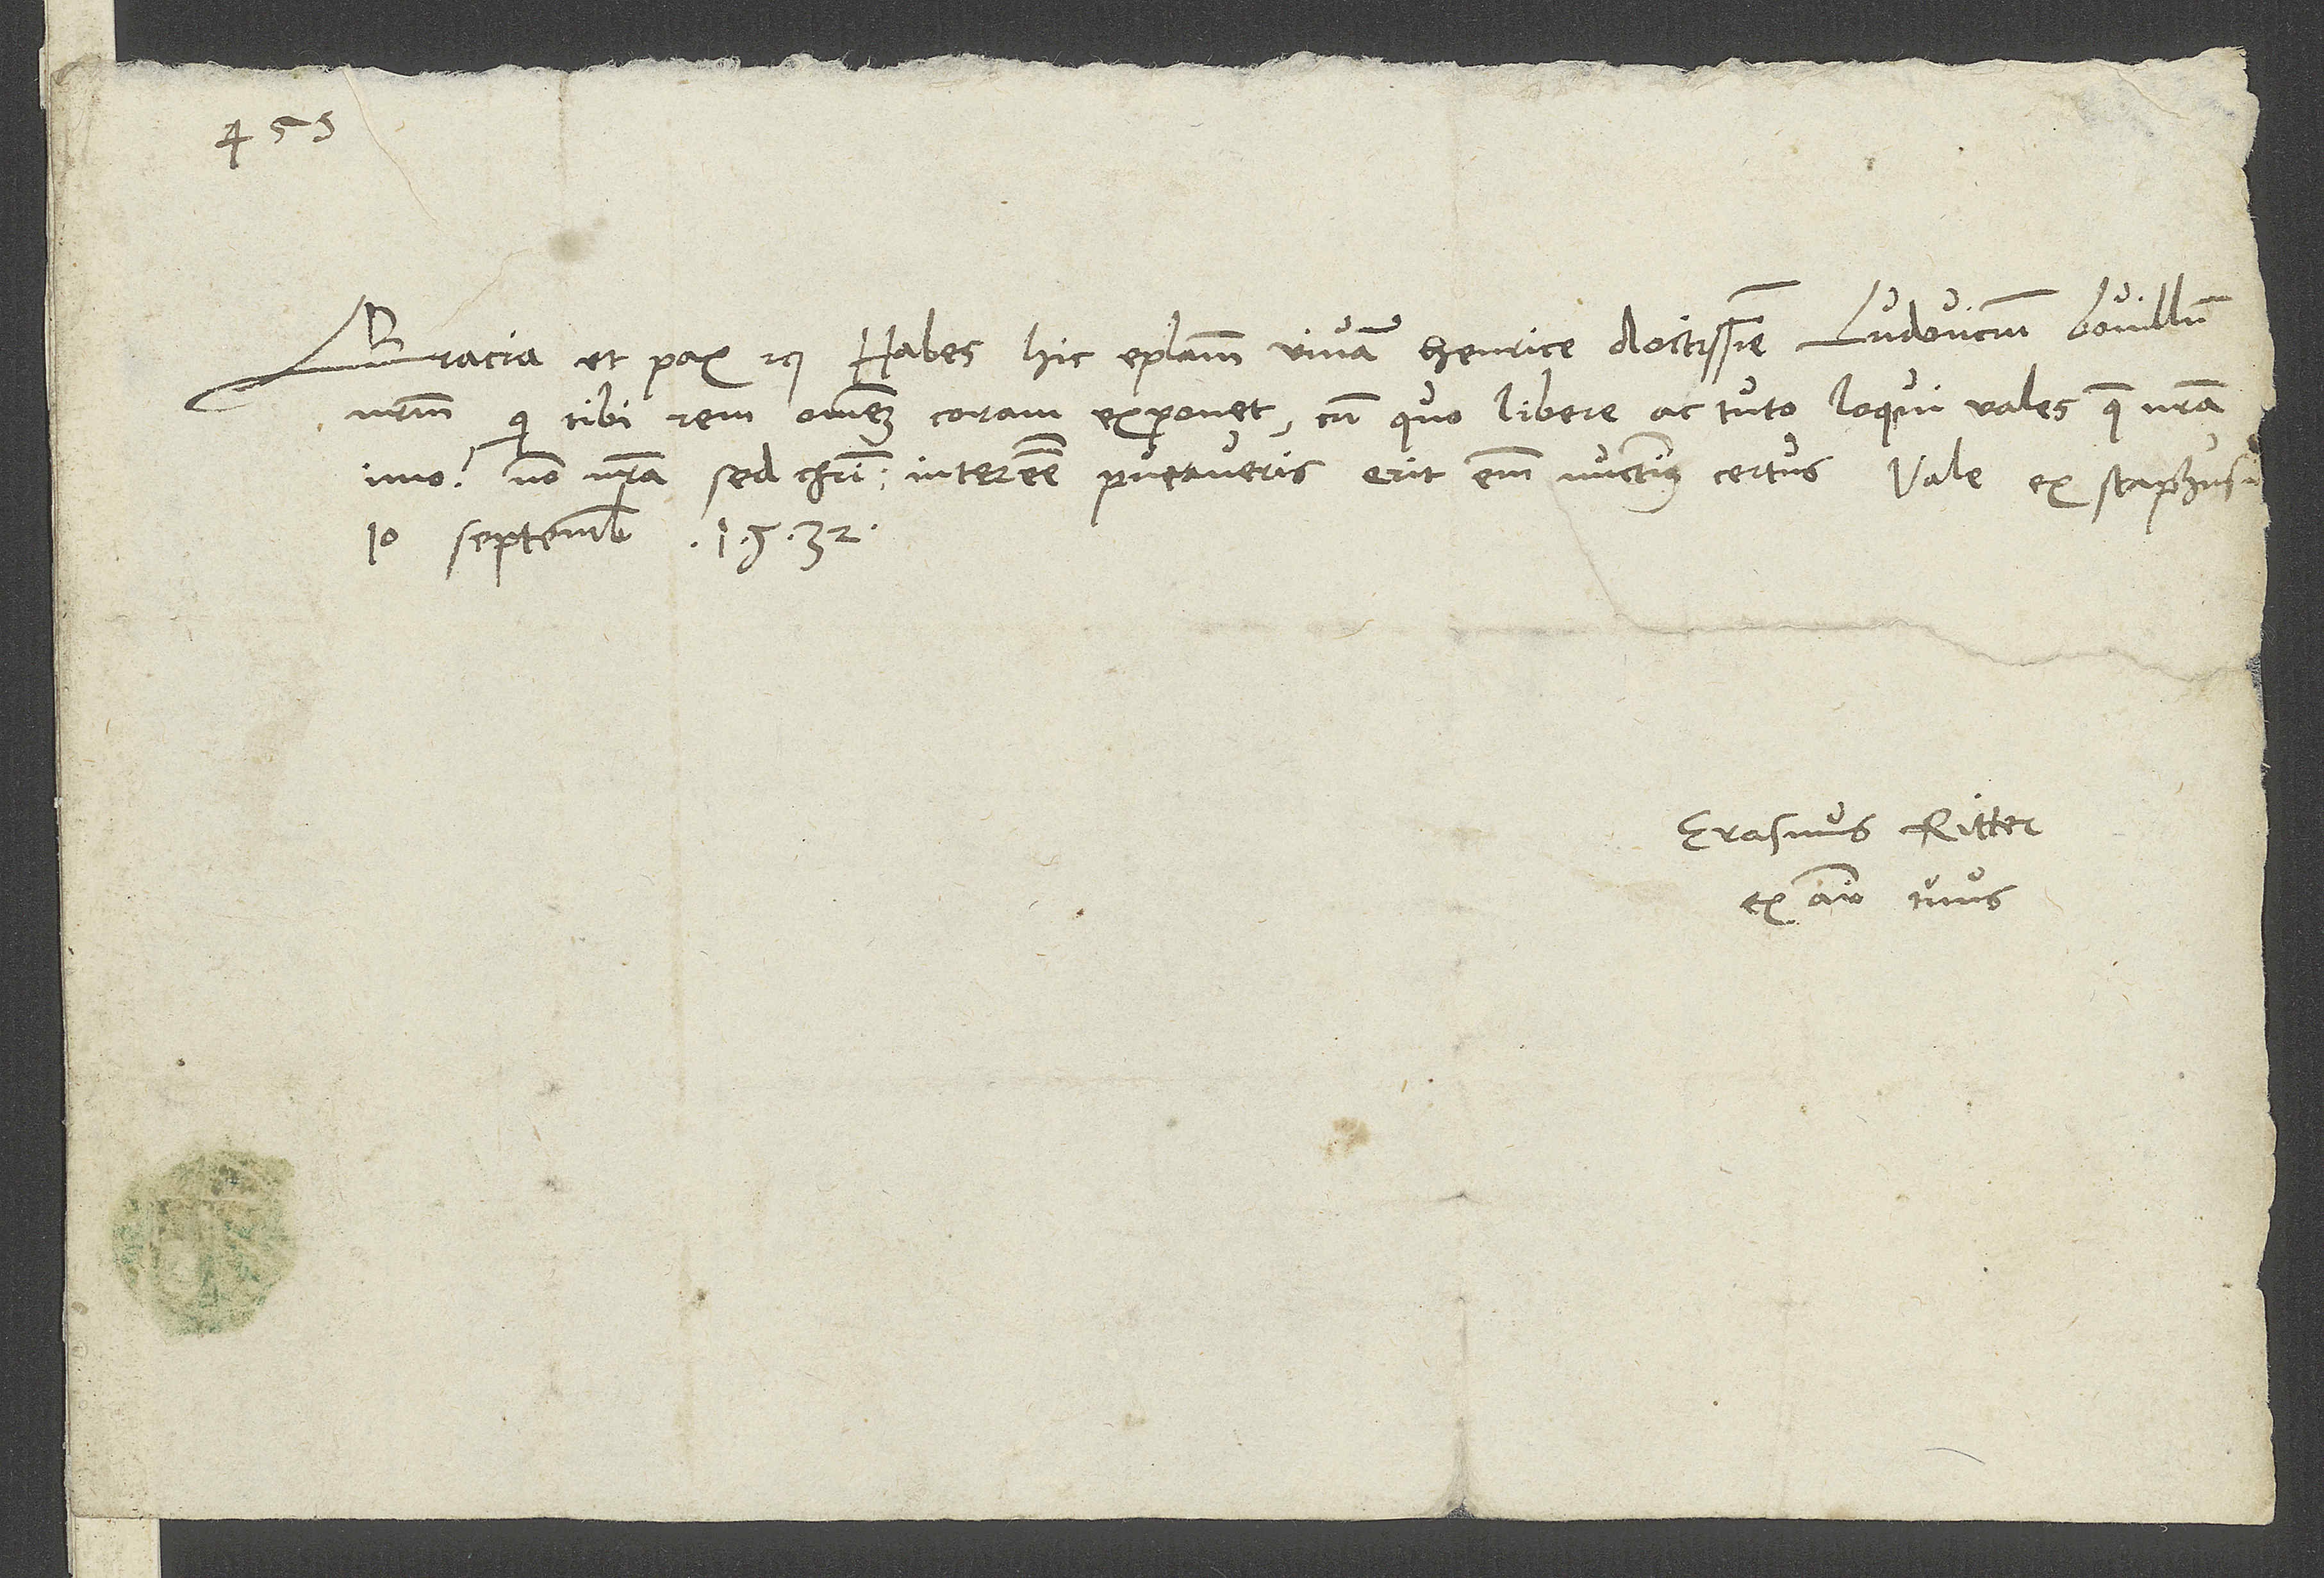
Gracia et pax etc. Habes hic epistolam vivam, Henrice doctissime, Ludovicum Bovillum
nostrum, qui tibi rem omnem exponet, cum quo libere ac tuto loqui vales, quae nostra,
imo non nostra, sed Christi interesse putaveris. Erit enim nunctius certus. Vale. Ex Scaphusia,
10. septembris 1532.
Erasmus Ritter,
ex animo tuus.